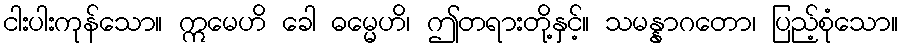
ငါးပါးကုန်သော။ ဣမေဟိ ခေါ ဓမ္မေဟိ၊ ဤတရားတို့နှင့်။ သမန္နာဂတော၊ ပြည့်စုံသော။